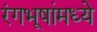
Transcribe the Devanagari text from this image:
रंगभूषांमध्ये